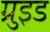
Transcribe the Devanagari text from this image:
ग्रुइड